Annual report of the Punjab Veterinary College and of the Civil Veterinary Department, Punjab - 1894-1908
Year: 1894
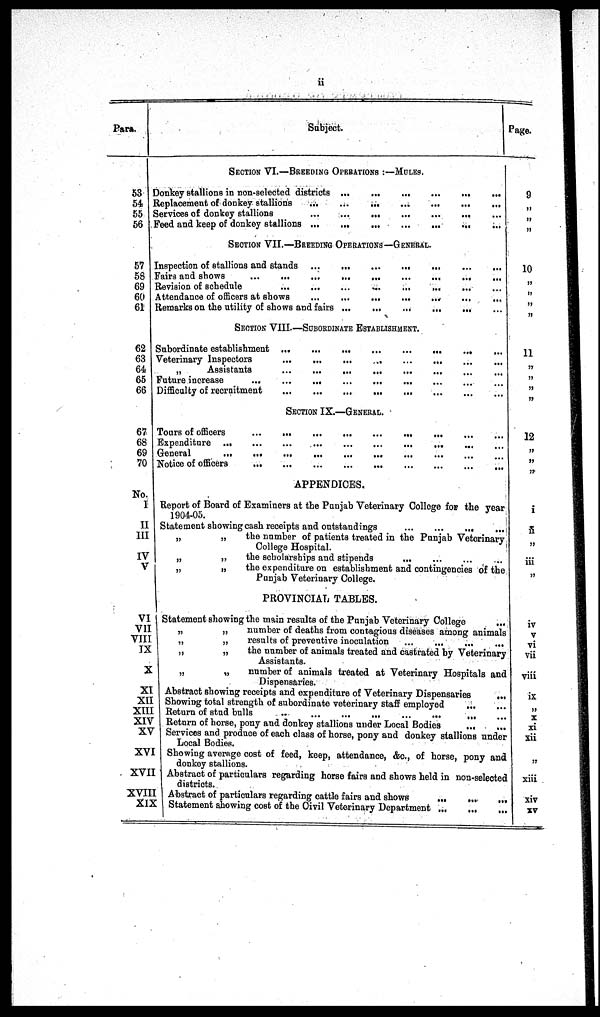
ii
Para.
53
54
55
56
57
58
69
60
61
62
63
64
65
66
67
68
69
70
No.
I
II
III
IV
V
VI
VII
VIII
IX
X
XI
XII
XIII
XIV
XV
XVI
XVII
XVIII
XIX
Subject.
SECTION VI.—BREEDING OPERATIONS :—MULES.
Donkey stallions in non-selected districts ...
...
...
...
...
...
Replacement of donkey stallions ... ... ... ... ... ... ... ... ... ...
Services of donkey stallions ... ... ... ... ... ... ... ... ... ... ...
Feed and keep of donkey stallions
...
...
...
...
...
SECTION VII.—BREEDING OPERATIONS-GENERAL.
Inspection of stallions and stands ...
...
...
...
...
...
...
Fairs and shows ... ... ... ... ... ... ... ... ... ... ... ... ... ...
Revision of schedule
...
...
...
...
...
...
...
Attendance of officers at shows
...
...
...
...
...
Remarks on the utility of shows and fairs ...
...
...
...
...
SECTION VIII.—SUBORDINATE ESTABLISHMENT.
Subordinate establishment ... ... ... ... ... ... ... ... ... ... ... ... ...
Veterinary Inspectors
...
...
...
..
...
...
„
Assistants
...
...
...
...
...
...
...
...
Future increase ... ... ... ... ... ... ... ... ... ... ... ...
Difficulty of recruitment
...
...
...
...
...
...
SECTION IX.—GENERAL.
Tours of officers ... ... ... ... ... ... ... ... ... ... .. ... ... ... ...
Expenditure
...
...
...
...
...
...
... ... ... ... ... ...
General
...
...
...
...
...
...
... ... ... ... ... ...
Notice of officers ... ... ... ... ... ... ... ... .. ... ... ... ...
APPENDICES.
Report of Board of Examiners at the Punjab Veterinary College for the year
1904-05.
Statement showing cash receipts and outstandings
...
...
...
...
„
„
the number of patients treated in the Punjab Veterinary
College Hospital.
„
„
the scholarships and stipends
... ... ... ... ...
„
„
the expenditure on establishment and contingencies of the
Punjab Veterinary College.
PROVINCIAL TABLES.
Statement showing the main results of the Punjab Veterinary College
...
„
„
number of deaths from contagious diseases among animals
„
„
results of preventive inoculation
...
...
...
...
„
„
the number of animals treated and castrated by Veterinary
Assistants.
„
„
number of animals treated at Veterinary Hospitals and
Dispensaries.
Abstract showing receipts and expenditure of Veterinary Dispensaries
...
Showing total strength of subordinate veterinary staff employed ... ... ...
Return of stud bulls
..
...
...
...
...
...
...
Return of horse, pony and donkey stallions under Local Bodies ... ... ...
Services and produce of each class of horse, pony and donkey stallions under
Local Bodies.
Showing average cost of feed, keep, attendance, &c., of horse, pony and
donkey stallions.
Abstract of particulars regarding horse fairs and shows held in non-selected
districts.
Abstract of particulars regarding cattle fairs and shows
...
...
...
...
Statement showing cost of the Civil Veterinary Department ... ... ... ...
Page.
9
„
„
„
10
„
„
„
„
11
„
„
„
„
12
„
„
„
i
ii
„
iii
„
iv
v
vi
vii
viii
ix
„
x
xi
xii
„
xiii
xiv
xv